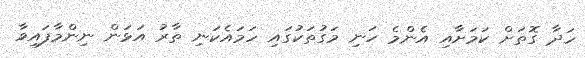
ހަދާ ގޮތަށް ކަމަށާއި އެންމެ ހަނި މަގުތަކުގައި ހަމައެކަނި ތާރު އަޅަން ނިންމާފައިވާ